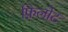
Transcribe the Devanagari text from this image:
फ़िलोट